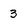
Character: 3